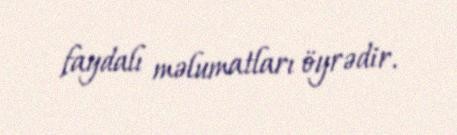
faydalı məlumatları öyrədir.